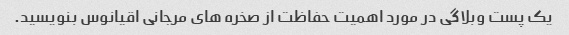
یک پست وبلاگی در مورد اهمیت حفاظت از صخره های مرجانی اقیانوس بنویسید.